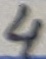
Text: 4